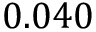
0 . 0 4 0